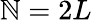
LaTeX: \mathbb{N}=2L